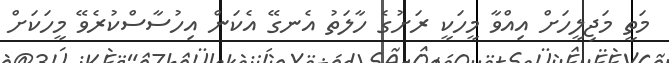
މަތީ މަޖިލީހަށް އިއްވާ މީހަކީ ރަށުގެ ހާލަތު އެނގޭ އެކަން އިހުސާސްކުރެވޭ މީހަކަށް